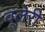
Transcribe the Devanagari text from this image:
वूलेरी